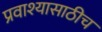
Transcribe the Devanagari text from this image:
प्रवाश्यासाठीच